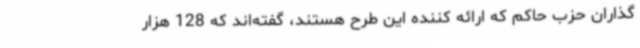
گذاران حزب حاکم که ارائه کننده این طرح هستند، گفته‌اند که 128 هزار